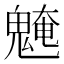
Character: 𩳢